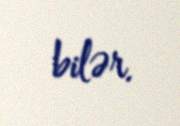
bilər.